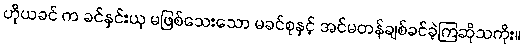
ဟိုယခင် က ခင်နှင်းယု မဖြစ်သေးသော မခင်စုနှင့် အင်မတန်ချစ်ခင်ခဲ့ကြဆိုသကိုး။